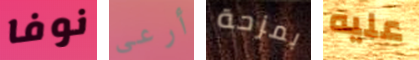
نوفا أرعى بمزحة عليه